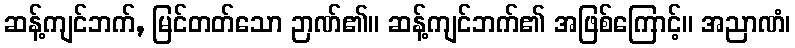
ဆန့်ကျင်ဘက်, မြင်တတ်သော ဉာဏ်၏။ ဆန့်ကျင်ဘက်၏ အဖြစ်ကြောင့်။ အညာဏံ၊